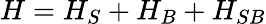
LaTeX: H=H_{S}+H_{B}+H_{SB}